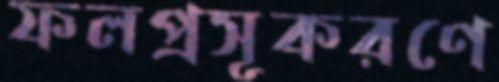
ফলপ্রসূকরণে